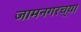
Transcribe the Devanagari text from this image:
जामनगरच्या